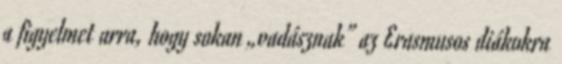
a figyelmet arra, hogy sokan „vadásznak” az Erasmusos diákokra